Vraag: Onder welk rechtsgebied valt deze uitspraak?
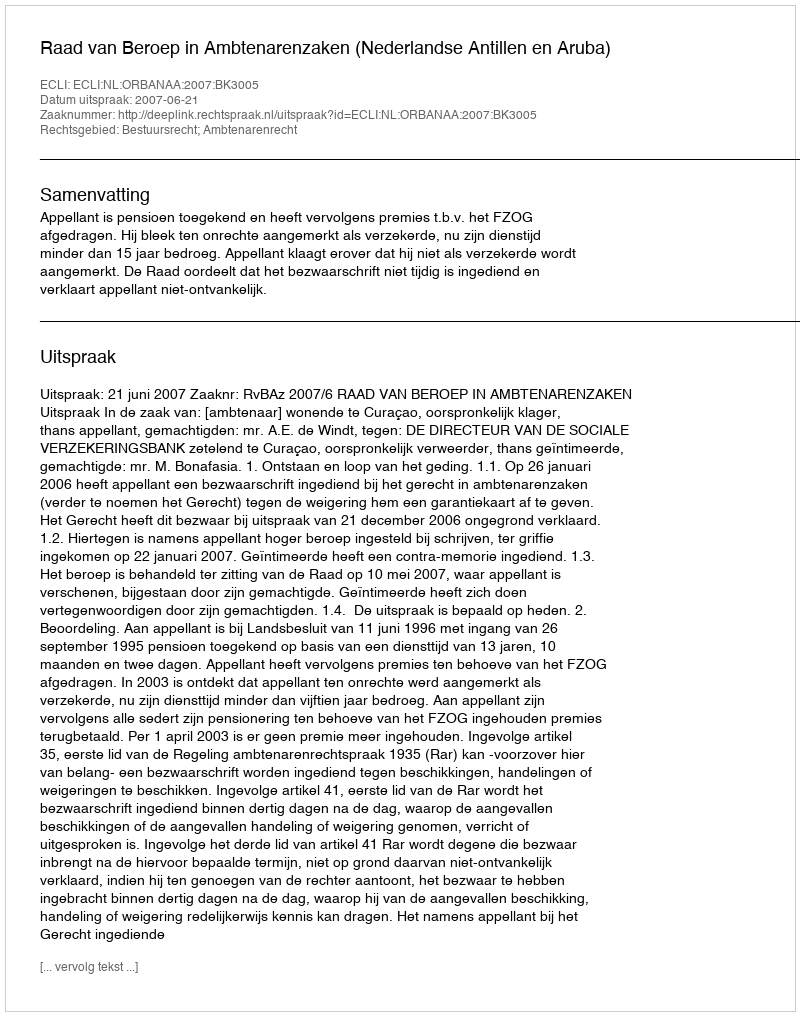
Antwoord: Bestuursrecht; Ambtenarenrecht